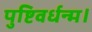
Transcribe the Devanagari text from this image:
पुष्टिवर्धन्म।